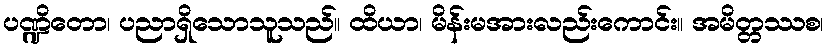
ပဏ္ဍိတော၊ ပညာရှိသောသူသည်။ ထိယာ၊ မိန်းမအားလည်းကောင်း။ အမိတ္တဿစ၊